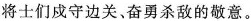
将士们戍守边关，奋勇杀敌的敬意。